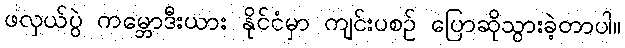
ဖလှယ်ပွဲ ကမ္ဘောဒီးယား နိုင်ငံမှာ ကျင်းပစဉ် ပြောဆိုသွားခဲ့တာပါ။